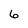
Character: 6